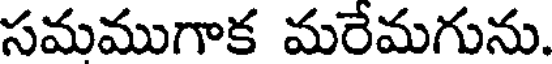
సమముగాక మరేమగును.